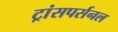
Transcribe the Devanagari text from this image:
ट्रांसपर्सनल